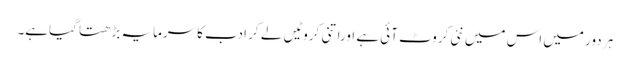
ہر دور میں اس میں نئی کروٹ آئی ہے اوراتنی کروٹیں لے کر ادب کاسرمایہ بڑھتا گیاہے۔